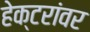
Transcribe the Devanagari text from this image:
हेक्टरांवर